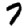
Digit: 7